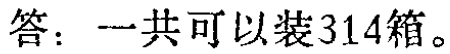
答：一共可以装314箱。